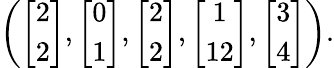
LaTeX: \begin{array}{r}{\left(\left[\begin{array}{c}{2}\\ {2}\end{array}\right],\left[\begin{array}{c}{0}\\ {1}\end{array}\right],\left[\begin{array}{c}{2}\\ {2}\end{array}\right],\left[\begin{array}{c}{1}\\ {12}\end{array}\right],\left[\begin{array}{c}{3}\\ {4}\end{array}\right]\right).}\end{array}